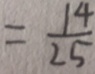
= \frac { 1 4 } { 2 5 }